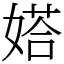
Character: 㜓